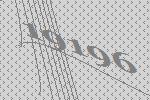
19196